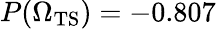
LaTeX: P({\Omega_{\mathrm{TS}}})=-0.807